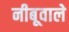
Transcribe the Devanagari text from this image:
नीबूवाले